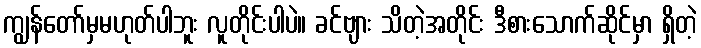
ကျွန်တော်မှမဟုတ်ပါဘူး လူတိုင်းပါပဲ။ ခင်ဗျား သိတဲ့အတိုင်း ဒီစားသောက်ဆိုင်မှာ ရှိတဲ့